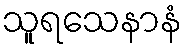
သူရသေနာနံ